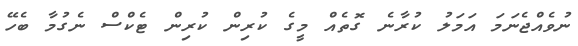
ނުވެއްޖެނަމަ އަމަލު ކުރާނެ ގޮތެއް މީގެ ކުރިން ކުރިން ޓެކްސް ނެގުމާ ބެހޭ